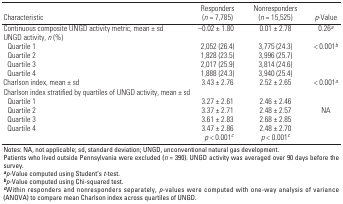
| Characteristic | Responders (n = 7,785) | Nonresponders (n = 15,525) | p-Value |
 | --- | --- | --- | --- |
 | Continuous composite UNGD activity metric, mean ± sd | –0.02 ± 1.80 | 0.01 ± 2.78 | 0.26a |
 | UNGD activity, n (%) |
 | Quartile 1 | 2,052 (26.4) | 3,775 (24.3) | < 0.001b |
 | Quartile 2 | 1,828 (23.5) | 3,996 (25.7) |
 | Quartile 3 | 2,017 (25.9) | 3,814 (24.6) |
 | Quartile 4 | 1,888 (24.3) | 3,940 (25.4) |
 | Charlson index, mean ± sd | 3.43 ± 2.76 | 2.52 ± 2.65 | < 0.001a |
 | Charlson index stratified by quartiles of UNGD activity, mean ± sd |
 | Quartile 1 | 3.27 ± 2.61 | 2.46 ± 2.46 |
 | Quartile 2 | 3.37 ± 2.71 | 2.48 ± 2.57 | NA |
 | Quartile 3 | 3.61 ± 2.83 | 2.68 ± 2.85 |
 | Quartile 4 | 3.47 ± 2.86 | 2.48 ± 2.70 |
 |  | p < 0.001c | p < 0.001c |
 | <COLSPAN=4> Notes: NA, not applicable; sd, standard deviation; UNGD, unconventional natural gas development. Patients who lived outside Pennsylvania were excluded (n = 390). UNGD activity was averaged over 90 days before the survey. ap-Value computed using Student’s t-test. bp-Value computed using Chi-squared test. cWithin responders and nonresponders separately, p-values were computed with one-way analysis of variance (ANOVA) to compare mean Charlson index across quartiles of UNGD. |